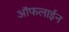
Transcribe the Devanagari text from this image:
आॅफलाईन